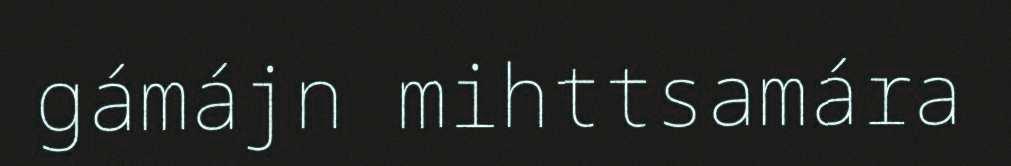
gámájn mihttsamára